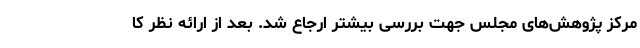
مرکز پژوهش‌های مجلس جهت بررسی بیشتر ارجاع شد. بعد از ارائه نظر کا